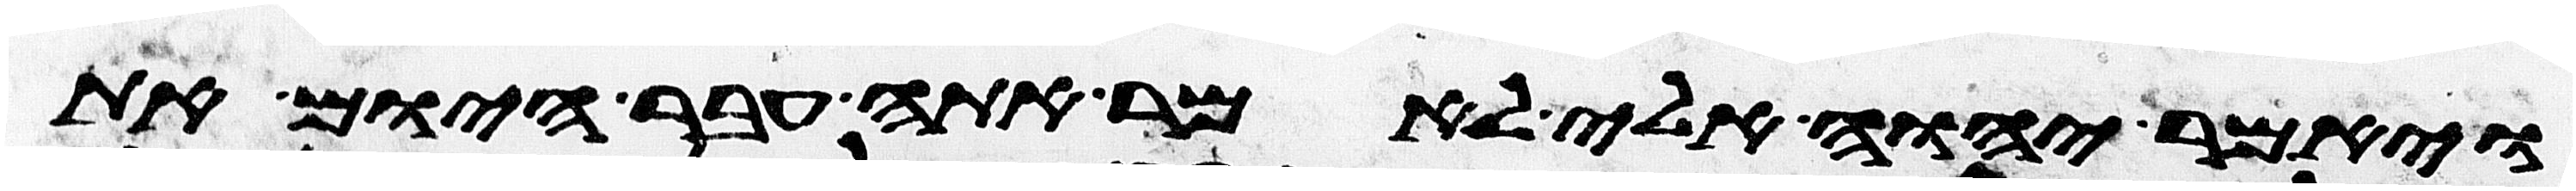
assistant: ויאמר יהוה אלי לאמר אתה עבר היום את